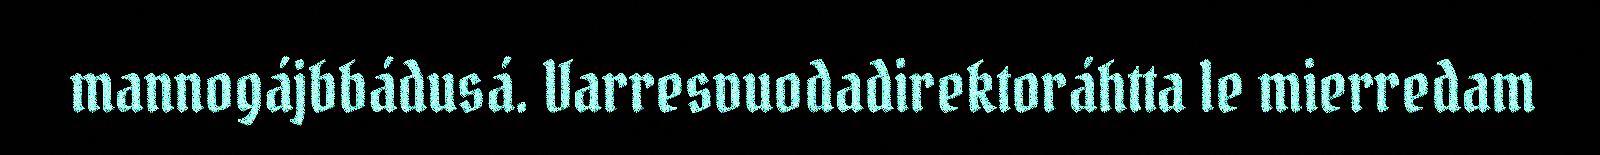
mannogájbbádusá. Varresvuodadirektoráhtta le mierredam